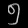
Digit: ၅